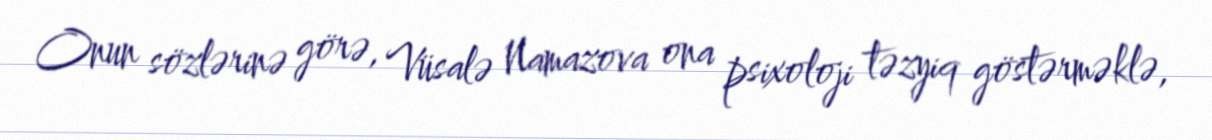
Onun sözlərinə görə, Vüsalə Namazova ona psixoloji təzyiq göstərməklə,